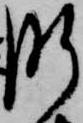
肝